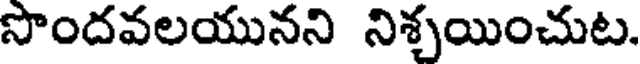
సొందవలయునని నిశ్చయించుట.